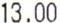
13.00